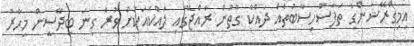
އިމިގްރޭޝަންގެ ތަފާސްހިސާބުތައް ދައްކާ ގޮތުން ރާއްޖޭގައި ލައްކައަކަށް ވުރެ ގިނަ ބިދޭސީން މިހާރު